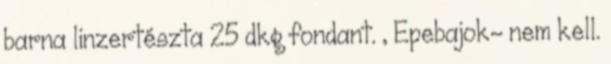
barna linzertészta 25 dkg fondant. , Epebajok- nem kell.